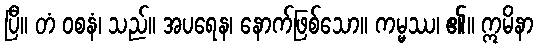
ပြီ။ တံ ဝစနံ၊ သည်။ အပရေန၊ နောက်ဖြစ်သော။ ကမ္မဿ၊ ၏။ ဣမိနာ